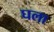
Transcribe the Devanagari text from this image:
घला